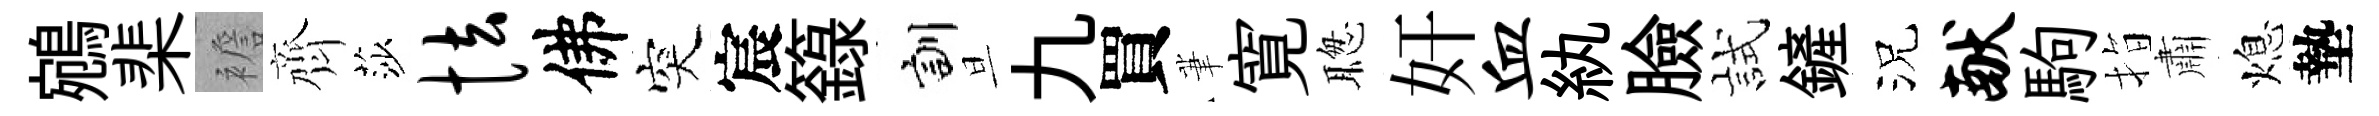
鵷棐襜齊莎怯佛突宸籙訓旦九買茟寛聦奸血紈臉試鏟況献駒指肅熄墊